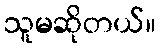
သူမဆိုတယ်။